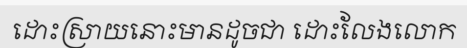
ដោះស្រាយនោះមានដូចជា ដោះលែងលោក